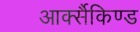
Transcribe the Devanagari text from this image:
आर्क्सैकिण्ड